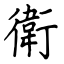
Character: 衛